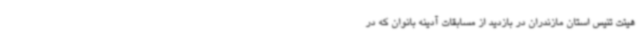
هیئت تنیس استان مازندران در بازدید از مسابقات آدینه بانوان که در